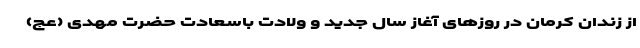
از زندان کرمان در روزهای آغاز سال جدید و ولادت باسعادت حضرت مهدی (عج)